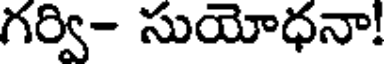
గర్వి- సుయోధనా!